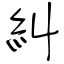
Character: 糾